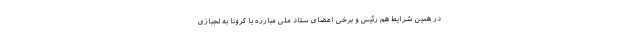
در همین شرایط هم رئیس و برخی اعضای ستاد ملی مبارزه با کرونا به لجبازی